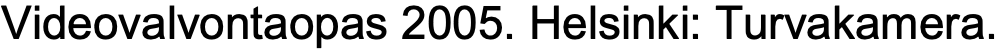
Videovalvontaopas 2005. Helsinki: Turvakamera.